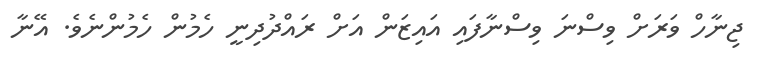
ޖިނާހް ވަރަށް ވިސްނަ ވިސްނާފައި އައިޒަން އަށް ރައްދުދިނީ ހެމުން ހެމުންނެވެ. އޭނާ